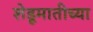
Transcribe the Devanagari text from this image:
शेडूमातीच्या